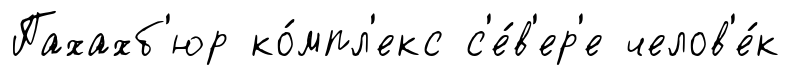
Пахахб'юр ко́мпл'екс с'е́в'ер'е челов'е́к